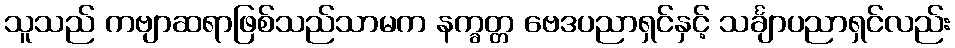
သူသည် ကဗျာဆရာဖြစ်သည်သာမက နက္ခတ္တ ဗေဒပညာရှင်နှင့် သင်္ချာပညာရှင်လည်း